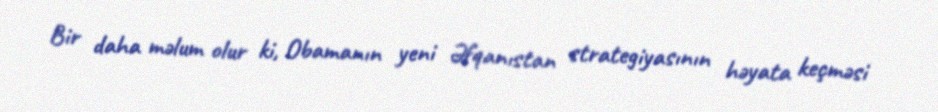
Bir daha məlum olur ki, Obamanın yeni Əfqanıstan strategiyasının həyata keçməsi